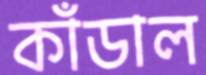
কাঁডাল